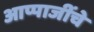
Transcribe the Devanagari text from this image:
आप्पाजींचे